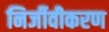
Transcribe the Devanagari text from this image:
निर्जीवीकरण